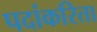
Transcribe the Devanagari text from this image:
पदांकरिता